Lunatic asylums Central Provinces reports 1895-1909 - 1895-1909
Year: 1895
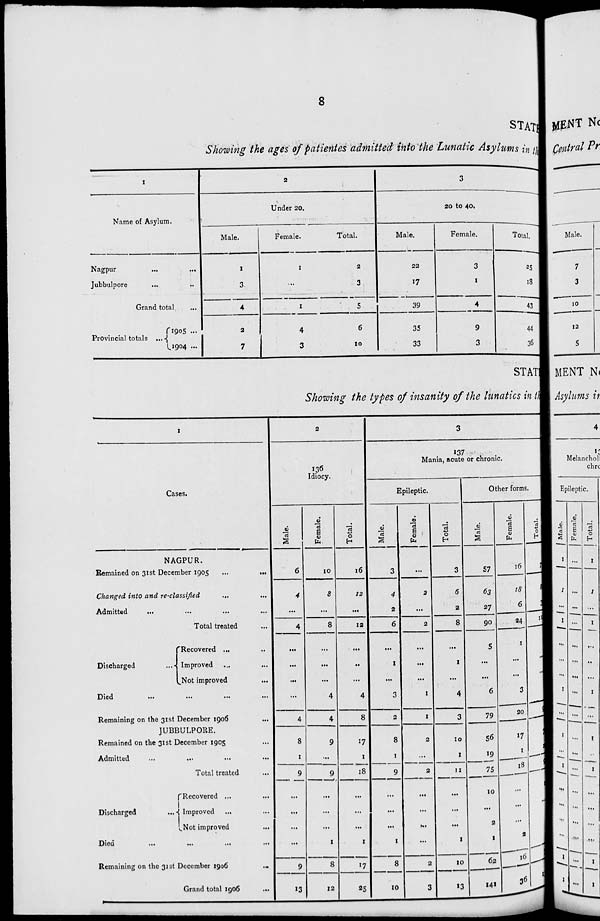
8
STATE
Showing the ages of patientes admitted into the Lunatic Asylums in the
1
Name of Asylum.
Nagpur... ...
Jubbulpore... ...
Grand total ...
Provincial totals ...
1905 ...
1904 ...
2
Under 20.
Male.
1
3
4
2
7
Female.
1
...
1
4
3
Total.
2
3
5
6
10
3
20 to 40.
Male.
22
17
39
35
33
Female.
3
1
4
9
3
Total.
25
18
43
44
36
STAT
Showing the types of insanity of the lunatics in the
1
Cases.
NAGPUR.
Remained on 31st December 1905
...
...
Changed into and re-classified... ...
Admitted... ... ... ...
Total treated ...
Discharged...
Recovered ... ...
Improved ... ...
Not improved...
Died... ... ... ...
Remaining on the 31st December 1906...
JUBBULPORE.
Remained on the 31st December 1905...
Admitted... ... ... ...
Total treated...
Discharged
...
Recovered ... ...
Improved... ...
Not improved... ...
Died... ... ... ...
Remaining on the 31st December 1906
...
Grand total 1906... ...
2
136
Idiocy.
Male.
6
4
...
4
...
...
...
...
4
8
1
9
...
...
...
...
9
13
Female.
10
8
...
8
...
...
...
4
4
9
...
9
...
...
...
1
8
12
Total.
16
12
...
12
...
...
...
4
8
17
1
18
...
...
...
1
17
25
3
137
Mania, acute or chronic.
Epileptic.
Male.
3
4
2
6
...
1
...
3
2
8
1
9
...
...
...
1
8
10
Female.
...
2
...
2
...
...
...
1
1
2
...
2
...
...
...
...
2
3
Total.
3
6
2
8
...
1
...
4
3
10
1
11
...
...
...
1
10
13
Other forms.
Male.
57
63
27
90
5
...
...
6
79
56
19
75
10
...
2
1
62
141
Female.
16
18
6
24
1
...
...
3
20
17
1
18
...
...
...
2
16
36
Total.
73
81
33
114
6
...
...
9
99
73
20
93
10
...
2
3
78
117